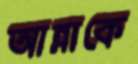
আন্নাকে